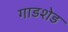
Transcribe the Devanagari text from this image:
गाडशेड